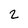
Character: 2